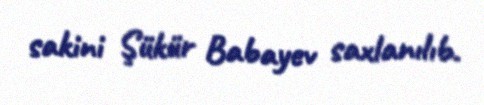
sakini Şükür Babayev saxlanılıb.